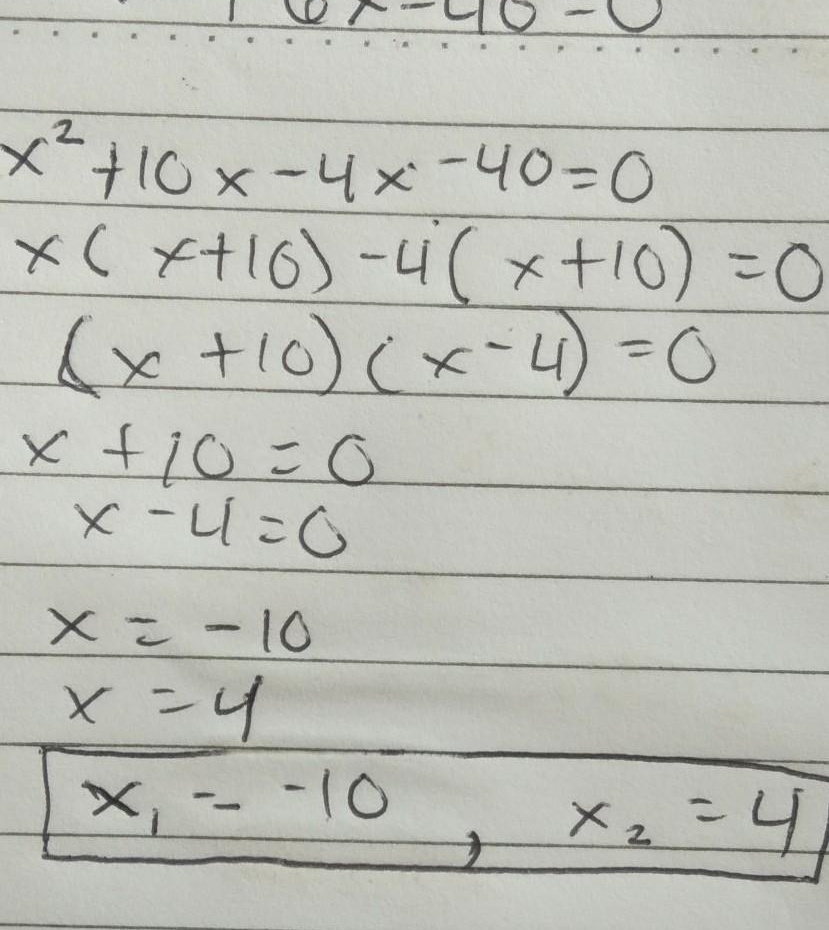
\[\begin{align*}
x^{2}+10x - 4x-40&=0\\
x(x + 10)-4(x + 10)&=0\\
(x + 10)(x - 4)&=0\\
x+10&=0\\
x - 4&=0\\
x&=-10\\
x&=4\\
x_{1}&=-10,\ x_{2}&=4
\end{align*}\]